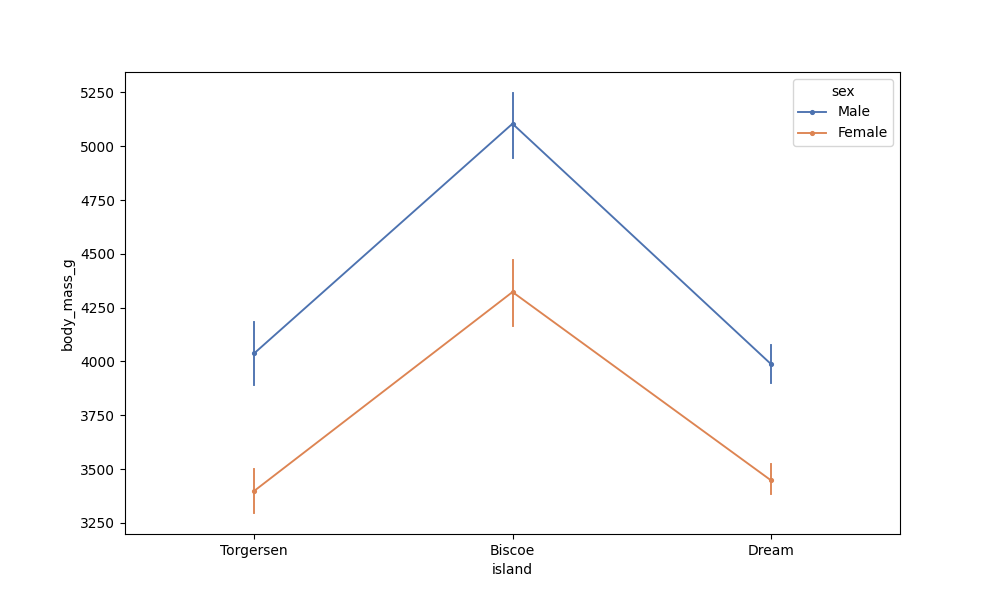
python, seaborn, pointplot, scale=0.5, join=True, hue='sex', palette='deep'